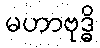
မဟာဗုဒ္ဓိ